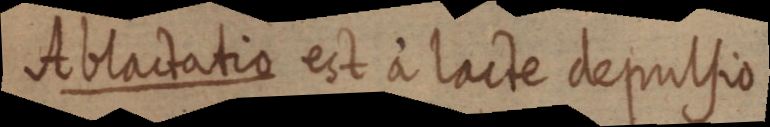
Ablactatio eit a lacte deprutsio